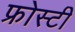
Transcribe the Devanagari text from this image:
फ्रोस्टी